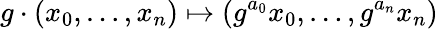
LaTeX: g\cdot(x_{0},\ldots,x_{n})\mapsto(g^{a_{0}}x_{0},\ldots,g^{a_{n}}x_{n})